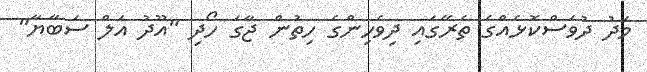
މަދު ދުވަސްކޮޅެއްގެ ތެރޭގައި ދިވެހިންގެ ހިތުން ޖާގަ ހޯދި "އޫދު އަލް ސަބާޔާ"